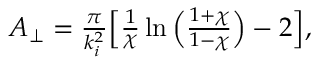
\begin{array} { r } { A _ { \perp } = \frac { \pi } { k _ { i } ^ { 2 } } \Big [ \frac { 1 } { \chi } \ln \Big ( \frac { 1 + \chi } { 1 - \chi } \Big ) - 2 \Big ] , } \end{array}